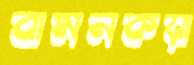
বামনকয়া